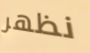
نظهر